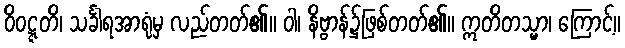
ဝိဝဋ္ဋတိ၊ သင်္ခါရအာရုံမှ လည်တတ်၏။ ဝါ၊ နိဗ္ဗာန်၌ဖြစ်တတ်၏။ ဣတိတသ္မာ၊ ကြောင့်။